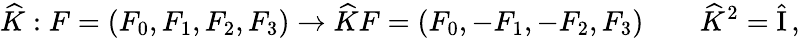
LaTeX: \widehat{K}:F=(F_{0},F_{1},F_{2},F_{3})\to\widehat{K}F=(F_{0},-F_{1},-F_{2},F_{3})\qquad\widehat{K}^{2}=\hat{\mathrm{I}}\, ,